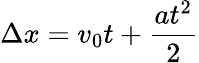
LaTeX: \Delta x=v_{0}t+{\frac{at^{2}}{2}}